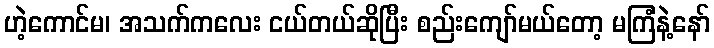
ဟဲ့ကောင်မ၊ အသက်ကလေး ငယ်တယ်ဆိုပြီး စည်းကျော်မယ်တော့ မကြံနဲ့နော်